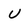
Character: u